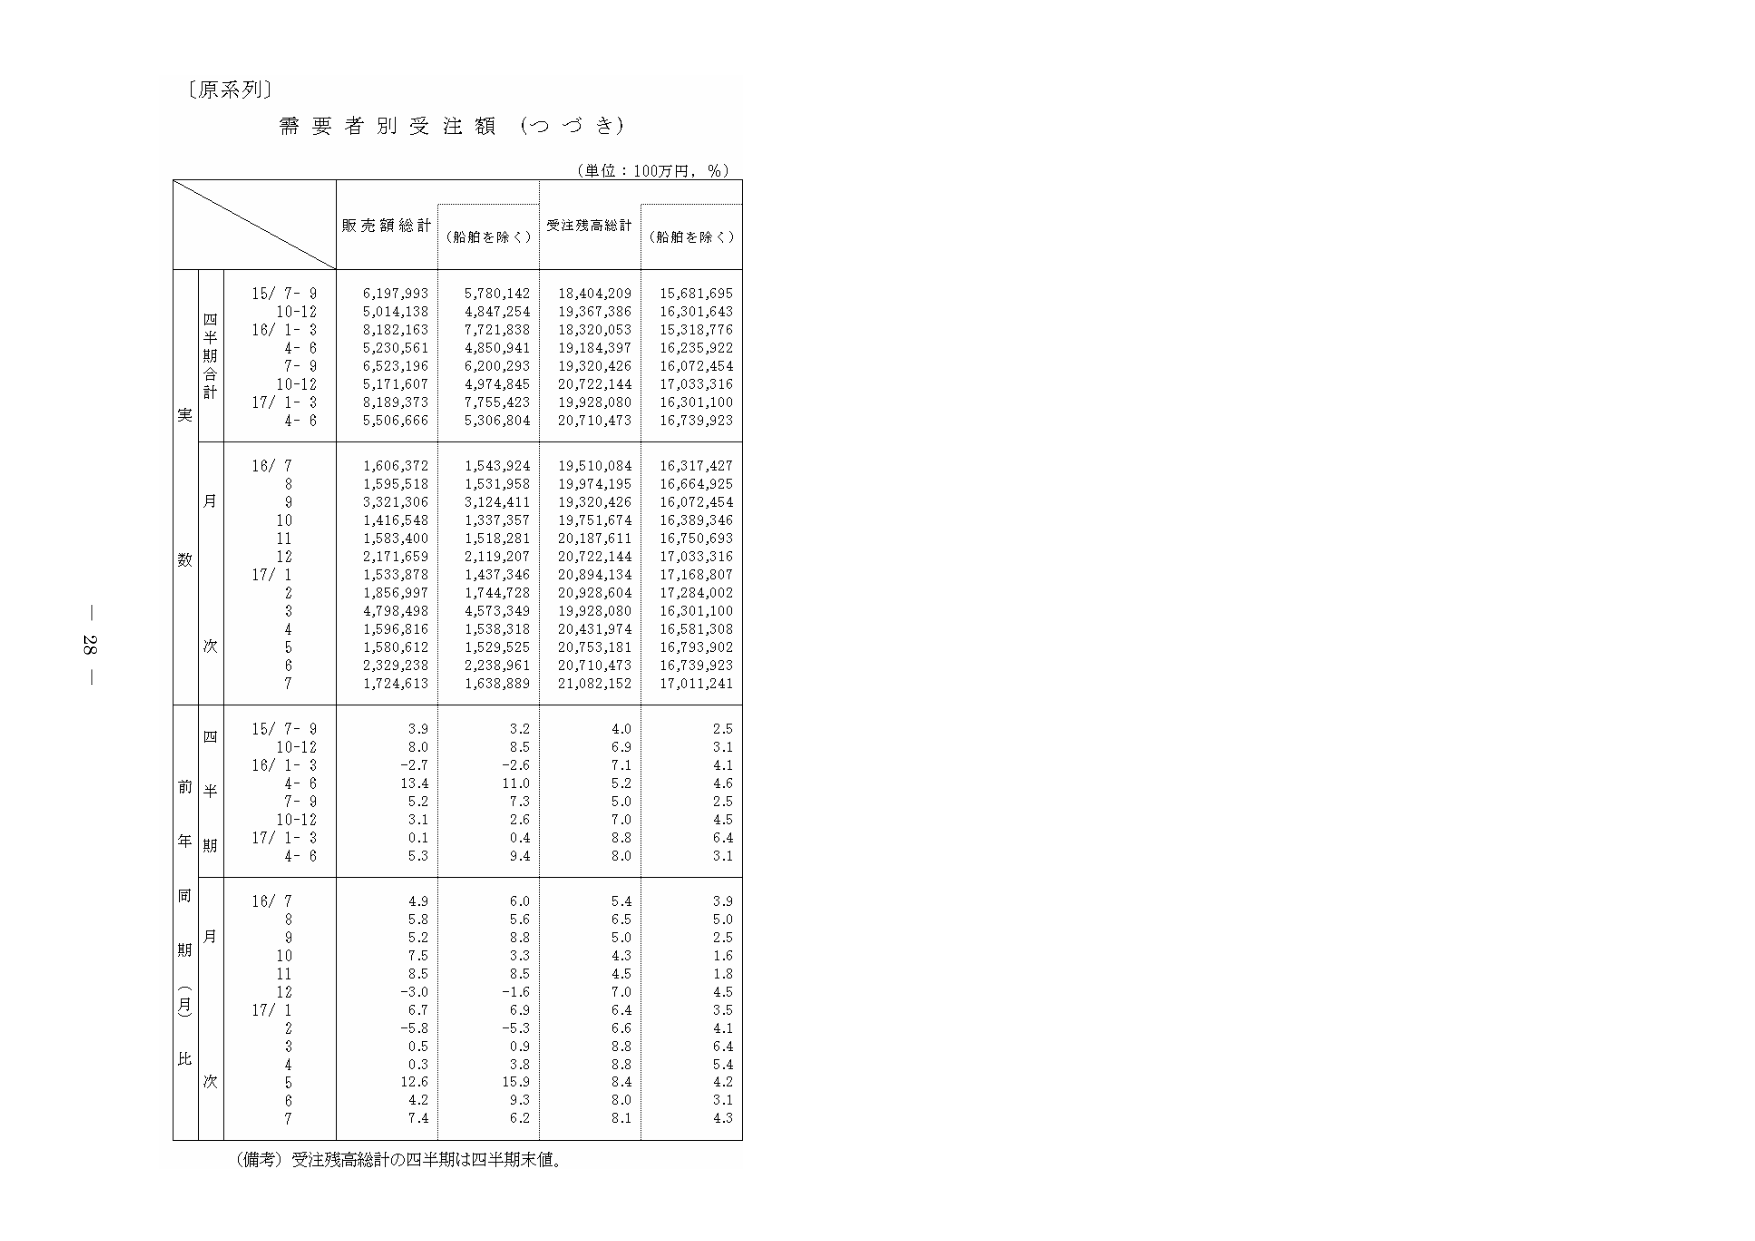
〔原系列〕
需要者別受注額（つづき）
（単位：100万円，％）
販売額総計
（船舶を除く）
受注残高総計
（船舶を除く）
四半期合計
15/ 7- 9
6,197,993
5,780,142
18,404,209
15,681,695
10-12
5,014,138
4,847,254
19,367,386
16,301,643
16/ 1- 3
8,182,163
7,721,838
18,320,053
15,318,776
4- 6
5,230,561
4,850,941
19,184,397
16,235,922
7- 9
6,523,196
6,200,293
19,320,426
16,072,454
10-12
5,171,607
4,974,845
20,722,144
17,033,316
17/ 1- 3
8,189,373
7,755,423
19,928,080
16,301,100
4- 6
5,506,666
5,306,804
20,710,473
16,739,923
月数
16/ 7
1,606,372
1,543,924
19,510,084
16,317,427
8
1,595,518
1,531,958
19,974,195
16,664,925
9
3,321,306
3,124,411
19,320,426
16,072,454
10
1,416,548
1,337,357
19,751,674
16,389,346
11
1,583,400
1,518,281
20,187,611
16,750,693
12
2,171,659
2,119,207
20,722,144
17,033,316
17/ 1
1,533,878
1,437,346
20,894,134
17,168,807
2
1,856,997
1,744,728
20,928,604
17,284,002
3
4,798,498
4,573,349
19,928,080
16,301,100
4
1,596,816
1,538,318
20,431,974
16,581,308
5
1,580,612
1,529,525
20,753,181
16,793,902
6
2,329,238
2,238,961
20,710,473
16,739,923
7
1,724,613
1,638,889
21,082,152
17,011,241
前年同期（月比）
四半期
15/ 7- 9
3.9
3.2
4.0
2.5
10-12
8.0
8.5
6.9
3.1
16/ 1- 3
-2.7
-2.6
7.1
4.1
4- 6
13.4
11.0
5.2
4.6
7- 9
5.2
7.3
5.0
2.5
10-12
3.1
2.6
7.0
4.5
17/ 1- 3
0.1
0.4
8.8
6.4
4- 6
5.3
9.4
8.0
3.1
同期（月比）
16/ 7
4.9
6.0
5.4
3.9
8
5.8
5.6
6.5
5.0
9
5.2
8.8
5.0
2.5
10
7.5
3.3
4.3
1.6
11
8.5
8.5
4.5
1.8
12
-3.0
-1.6
7.0
4.5
17/ 1
6.7
6.9
6.4
3.5
2
-5.8
-5.3
6.6
4.1
3
0.5
0.9
8.8
6.4
4
0.3
3.8
8.8
5.4
5
12.6
15.9
8.4
4.2
6
4.2
9.3
8.0
3.1
7
7.4
6.2
8.1
4.3
（備考）受注残高総計の四半期は四半期末値。
92
ー
ー